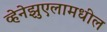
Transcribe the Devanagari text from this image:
व्हेनेझुएलामधील